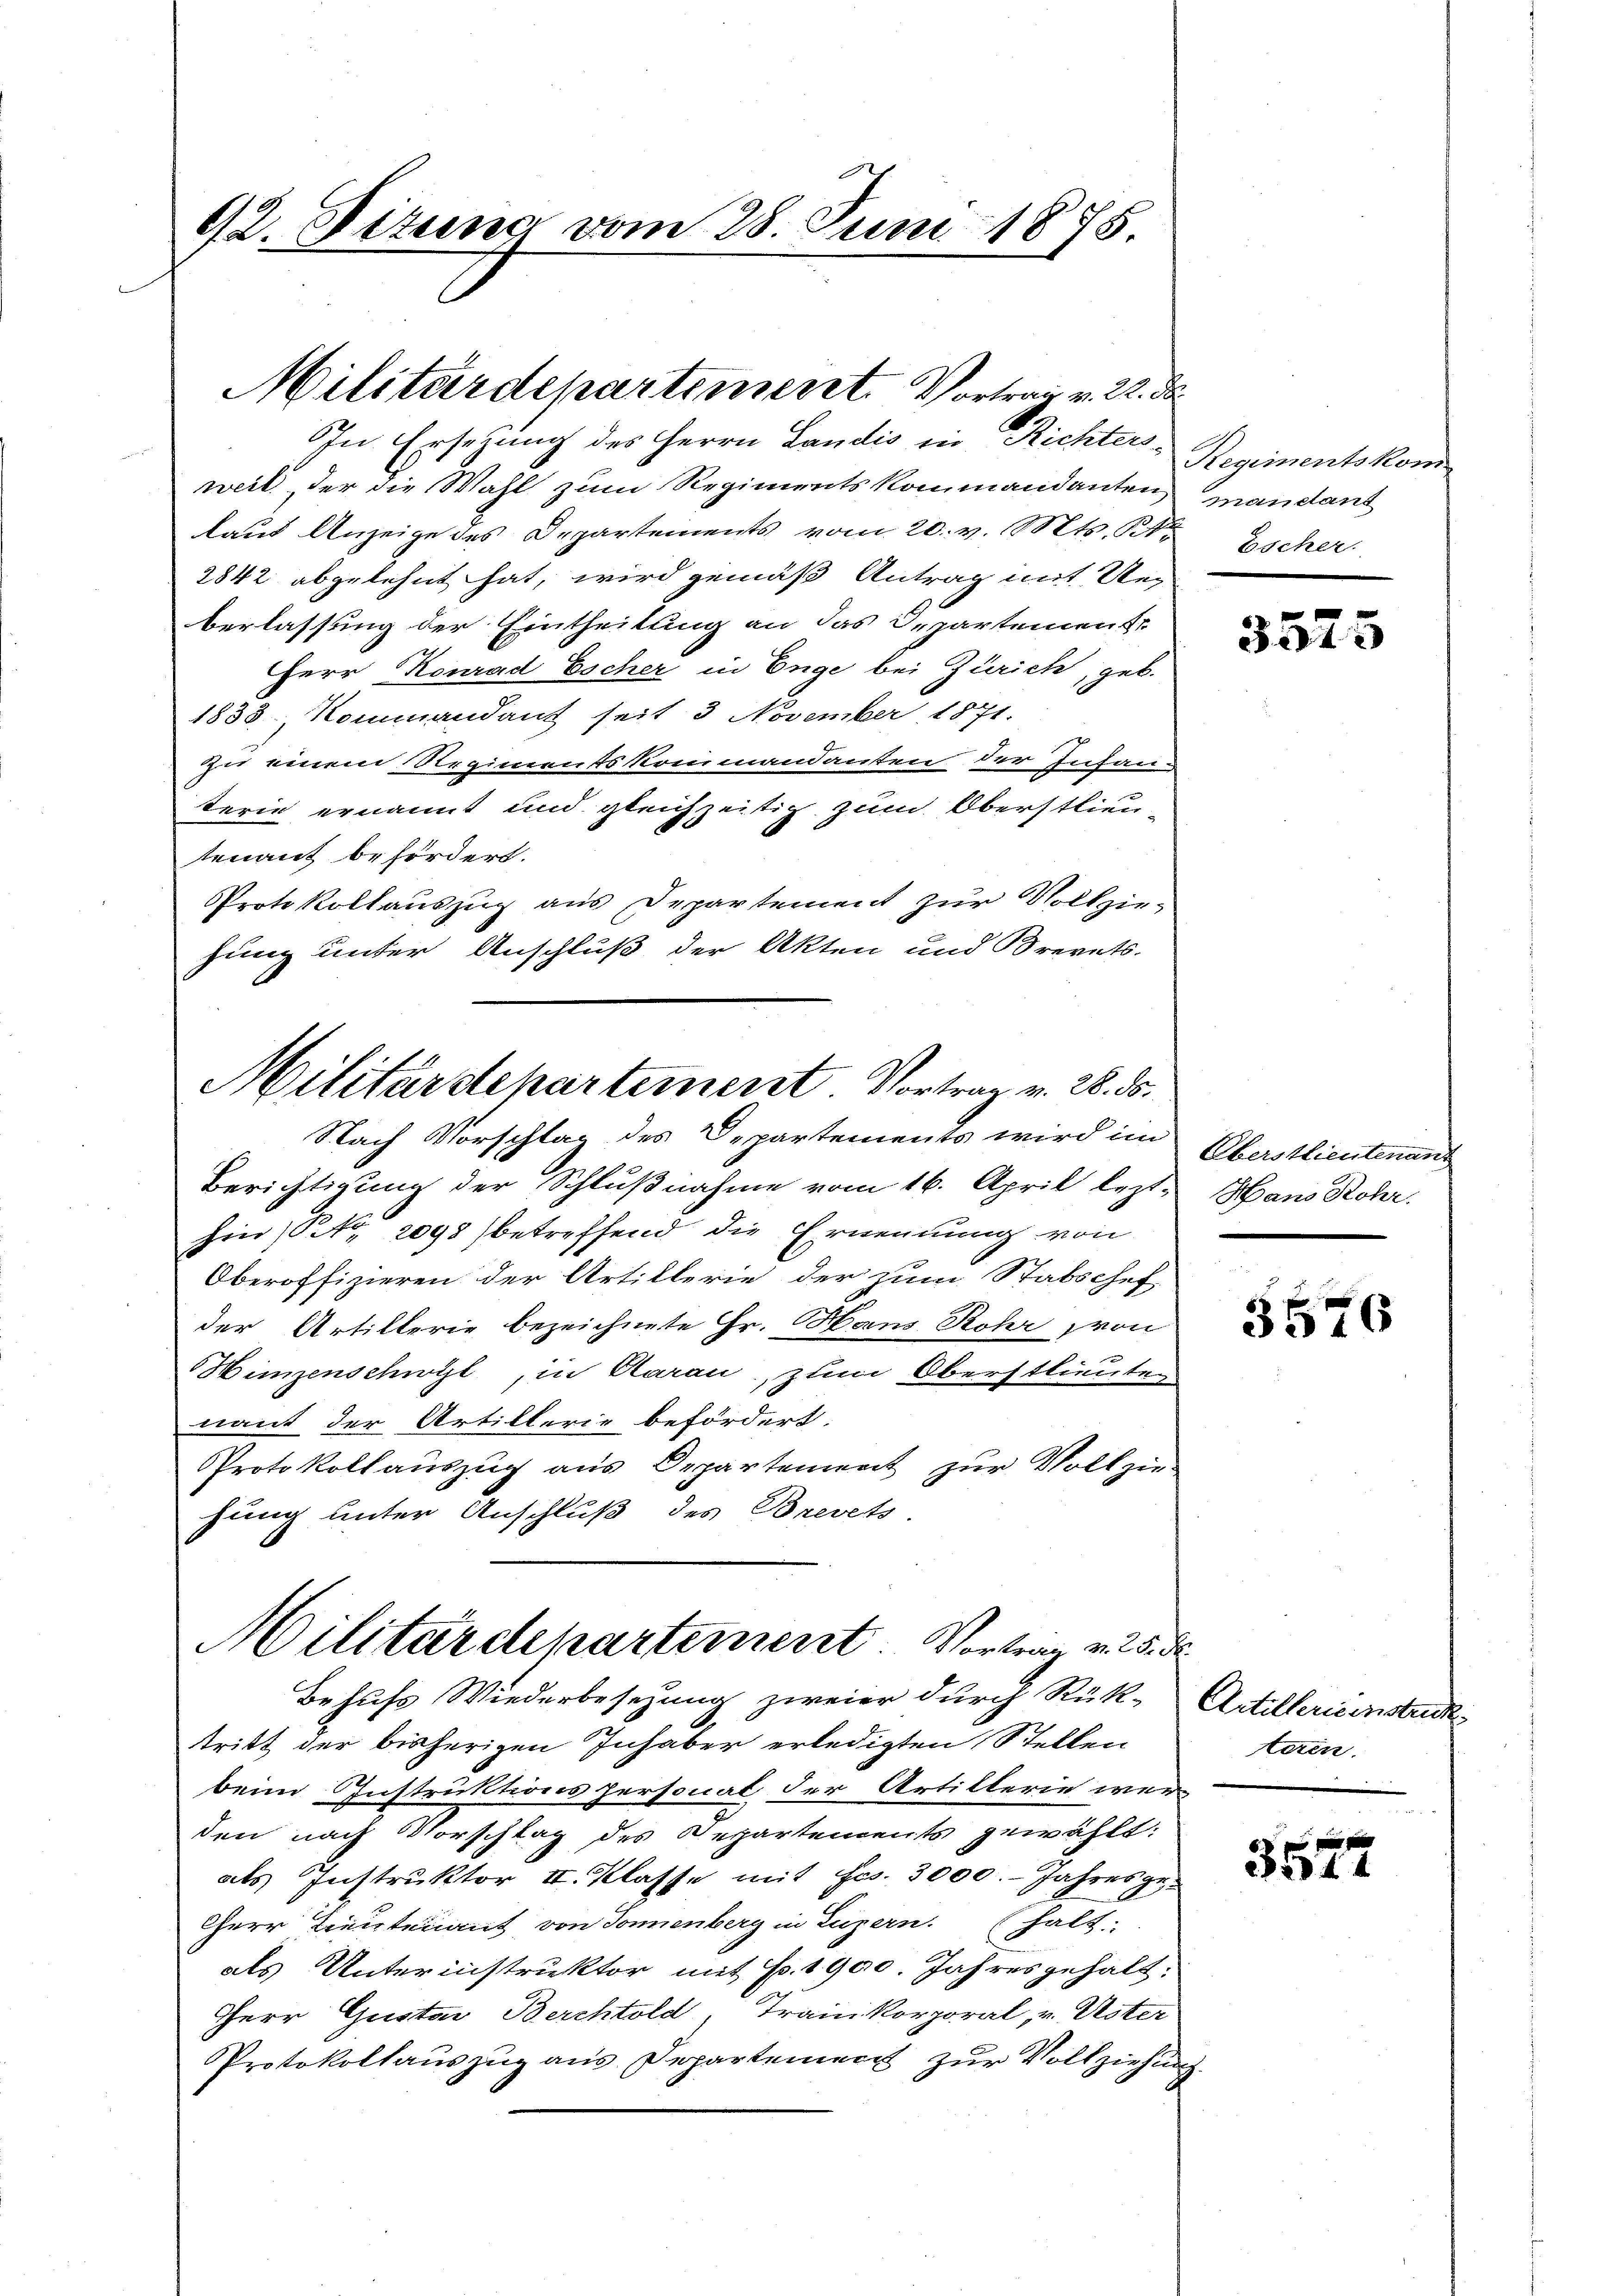
92. Bittens vom 28. Juni 1875

weil der die Wahl zum Regimentskommandanten,
laut Anzeige des Departements vom 20. v. Mts. S.
2842 abgelehnt hat, wird gemäß Antrag mit Ueberlassung der Eintheilung an das Departement
Herr Konrad Escher in Enge bei Zürich, geb.
1833. Kommandant seit 3 November 1871.
zu einem Regimentskreimandanten der Infanterie ernannt und gleichzeitig zum Oberstlieutenant befördert.
Protokollauszug aus Departement zur Vollzie-
hung unter Anschluß der Akten und Brevets-
Nach Vorschlag des Departements wird im
Berichtigung der Schlußnahme vom 16. April lezt-
hin Nr. 2098 betreffend die Ernennung von
Oberoffizieren der Artillerie der zum Stabschef
der Artillerie bezeichnete Hr. Hans Rohr, von
Himzenschwyl, in Aarau, zum Oberstlieute
nant der Artillerie befördert.
Protokollauszug aus Departement zur Vollzie-
hung unter Anschluß des Brevets
Militärdepartement Vortrag v. 25. d.
Behufs Wiederbesezung zweier durch Rück-
tritt der bisherigen Inhaber erledigten Stellen
beim Instruktionspersonal der Artillerie wer-
den nach Vorschlag des Departements gewählt:
als Instruktor II. Klasse mit Fr. 3000. Jahresge¬
Cherr Lieutenant von Sonnenberg in Luzern. (halt.
als Unterinstruktor mit Fr. 1900. Jahresgehalt:
Herr Gustav Berchtold, Traunkorporal, v. Uster
Protokollauszug aus Departement zur Vollziehung

Militärdepartiment. Vortrag v. R. de
In Ersezung des Herrn Landis in Richters-

Militärdepartement. Vortrag v. 28. ds.

Regimentskom
mandant
Escher.

3575

Oberstlieutenan
Hans Rohr.
s

5576

Artillerisinstein.
teren.

22344